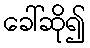
ခေါ်ဆို၍